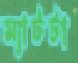
ম্যাটটা